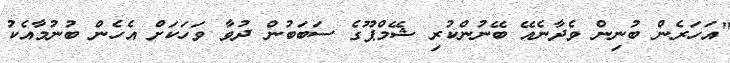
"އަހަރެން ބުނިން ވެދާނެއޭ ބޭނުންކުރި ޝޭމްޕޫގެ ސަބަބުން ދުވާ ވަހަކަށް އެހެން ބުނުމާއެކު